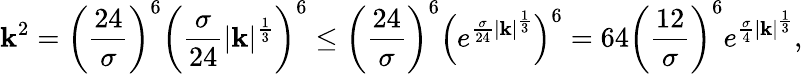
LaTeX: \mathbf{k}^{2}=\bigg(\frac{{24}}{{\sigma}}\bigg)^{6}\bigg(\frac{{\sigma}}{{24}}|\mathbf{k}|^{\frac{{1}}{{3}}}\bigg)^{6}\leq\bigg(\frac{{24}}{{\sigma}}\bigg)^{6}\Big(e^{\frac{{\sigma}}{{24}}|\mathbf{k}|^{\frac{{1}}{{3}}}}\Big)^{6}=64\bigg(\frac{{12}}{{\sigma}}\bigg)^{6}e^{\frac{{\sigma}}{{4}}|\mathbf{k}|^{\frac{{1}}{{3}}}},